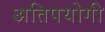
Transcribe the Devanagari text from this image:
अतिपयोगी